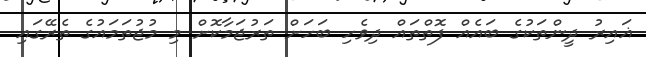
ޣައިރު ދީންތަކުގެ ބައެއް ފޮތްތައް ދިވެހި ބަހަށް ތަރުޖަމާކޮށް މި މުޖުތަމައުގެ ތެރޭގައި